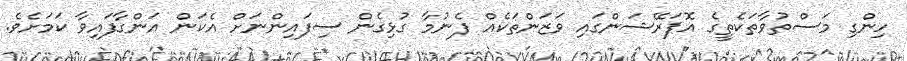
ހިންގި މަސްތުވާތަކެތީގެ އޮޕަރޭޝަންގައި ވަޒަންތަކެއް ފެނުމާ ގުޅިގެން ސިފައިންނަށް އެކަން އަންގާފައިވާ ކަމަށެވެ.